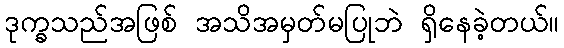
ဒုက္ခသည်အဖြစ် အသိအမှတ်မပြုဘဲ ရှိနေခဲ့တယ်။